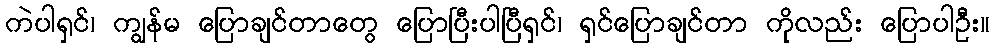
ကဲပါရှင်၊ ကျွန်မ ပြောချင်တာတွေ ပြောပြီးပါပြီရှင်၊ ရှင်ပြောချင်တာ ကိုလည်း ပြောပါဦး။